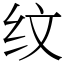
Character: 纹